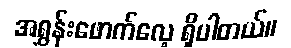
အရွှန်းဖောက်လေ့ ရှိပါတယ်။